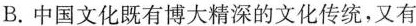
B.中国文化既有博大精深的文化传统，又有